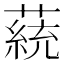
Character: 𦼟